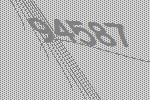
94587